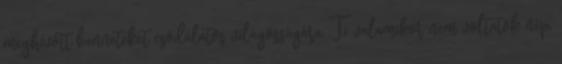
meghívott benneteket csodálatos világosságára. Ti valamikor nem voltatok nép,